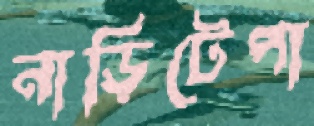
নাড়িটেপা